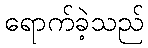
ရောက်ခဲ့သည်